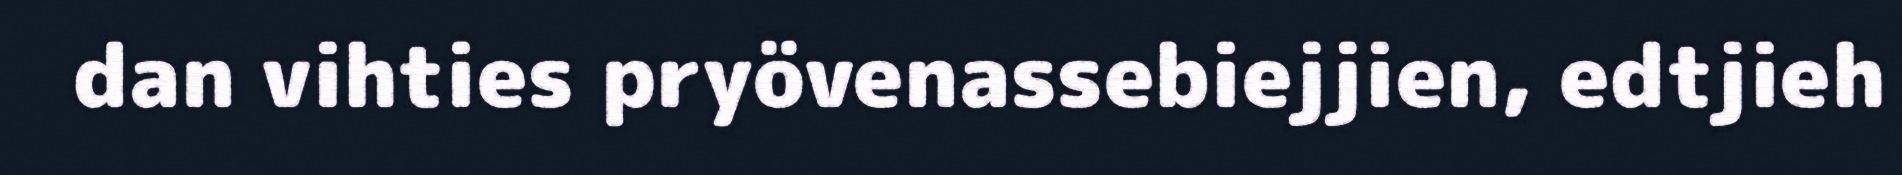
dan vihties pryövenassebiejjien, edtjieh